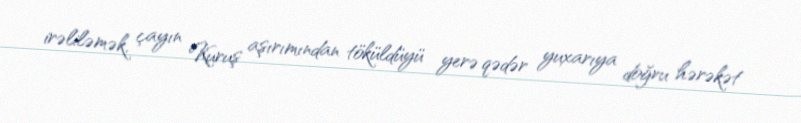
irəliləmək, çayın Kuruş aşırımından töküldüyü yerə qədər yuxarıya doğru hərəkət